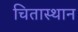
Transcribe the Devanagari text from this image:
चितास्थान